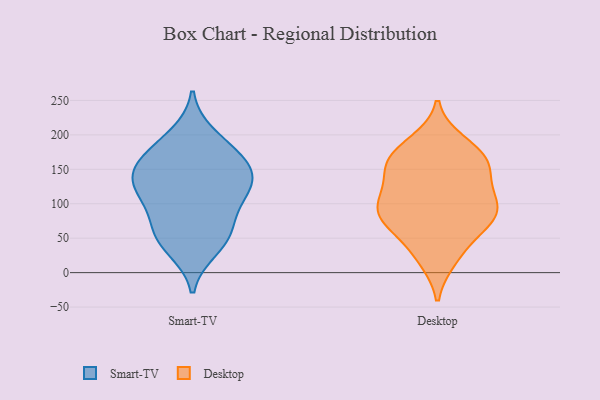
{"axis": {"x": "LTV (USD)", "y": "Value"}, "legend": ["Desktop", "Smart-TV"], "data": [{"x": "", "y": 35, "type": "Smart-TV"}, {"x": "", "y": 69, "type": "Smart-TV"}, {"x": "", "y": 121, "type": "Smart-TV"}, {"x": "", "y": 137, "type": "Smart-TV"}, {"x": "", "y": 167, "type": "Smart-TV"}, {"x": "", "y": 199, "type": "Smart-TV"}, {"x": "", "y": 98, "type": "Smart-TV"}, {"x": "", "y": 138, "type": "Smart-TV"}, {"x": "", "y": 52, "type": "Smart-TV"}, {"x": "", "y": 160, "type": "Smart-TV"}, {"x": "", "y": 111, "type": "Smart-TV"}, {"x": "", "y": 52, "type": "Smart-TV"}, {"x": "", "y": 178, "type": "Smart-TV"}, {"x": "", "y": 137, "type": "Smart-TV"}, {"x": "", "y": 85, "type": "Desktop"}, {"x": "", "y": 148, "type": "Desktop"}, {"x": "", "y": 104, "type": "Desktop"}, {"x": "", "y": 83, "type": "Desktop"}, {"x": "", "y": 23, "type": "Desktop"}, {"x": "", "y": 86, "type": "Desktop"}, {"x": "", "y": 162, "type": "Desktop"}, {"x": "", "y": 151, "type": "Desktop"}, {"x": "", "y": 190, "type": "Desktop"}, {"x": "", "y": 96, "type": "Desktop"}, {"x": "", "y": 65, "type": "Desktop"}, {"x": "", "y": 164, "type": "Desktop"}, {"x": "", "y": 185, "type": "Desktop"}, {"x": "", "y": 166, "type": "Desktop"}, {"x": "", "y": 111, "type": "Desktop"}, {"x": "", "y": 108, "type": "Desktop"}, {"x": "", "y": 75, "type": "Desktop"}, {"x": "", "y": 19, "type": "Desktop"}, {"x": "", "y": 141, "type": "Desktop"}, {"x": "", "y": 53, "type": "Desktop"}]}